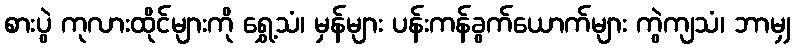
စားပွဲ ကုလားထိုင်များကို ရွှေ့သံ၊ မှန်များ ပန်းကန်ခွက်ယောက်များ ကွဲကျသံ၊ ဘာမျှ